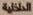
الداخلية